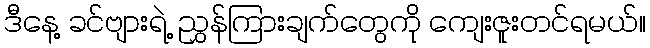
ဒီနေ့ ခင်ဗျားရဲ့ ညွှန်ကြားချက်တွေကို ကျေးဇူးတင်ရမယ်။